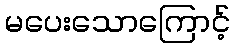
မပေးသောကြောင့်